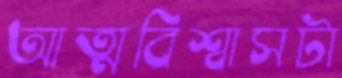
আত্মবিশ্বাসটা